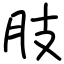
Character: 肢